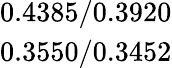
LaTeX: \begin{array}{c}{0.4385/0.3920}\\ {0.3550/0.3452}\end{array}